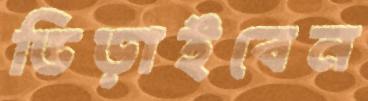
ভিড়াইবেন